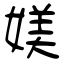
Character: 媄